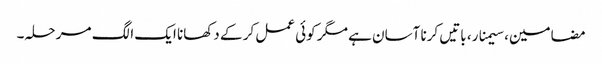
مضامین، سیمنار، باتیں کرنا آسان ہے مگر کوئی عمل کر کے دکھانا ایک الگ مرحلہ۔